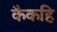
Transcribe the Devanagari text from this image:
कैकहि